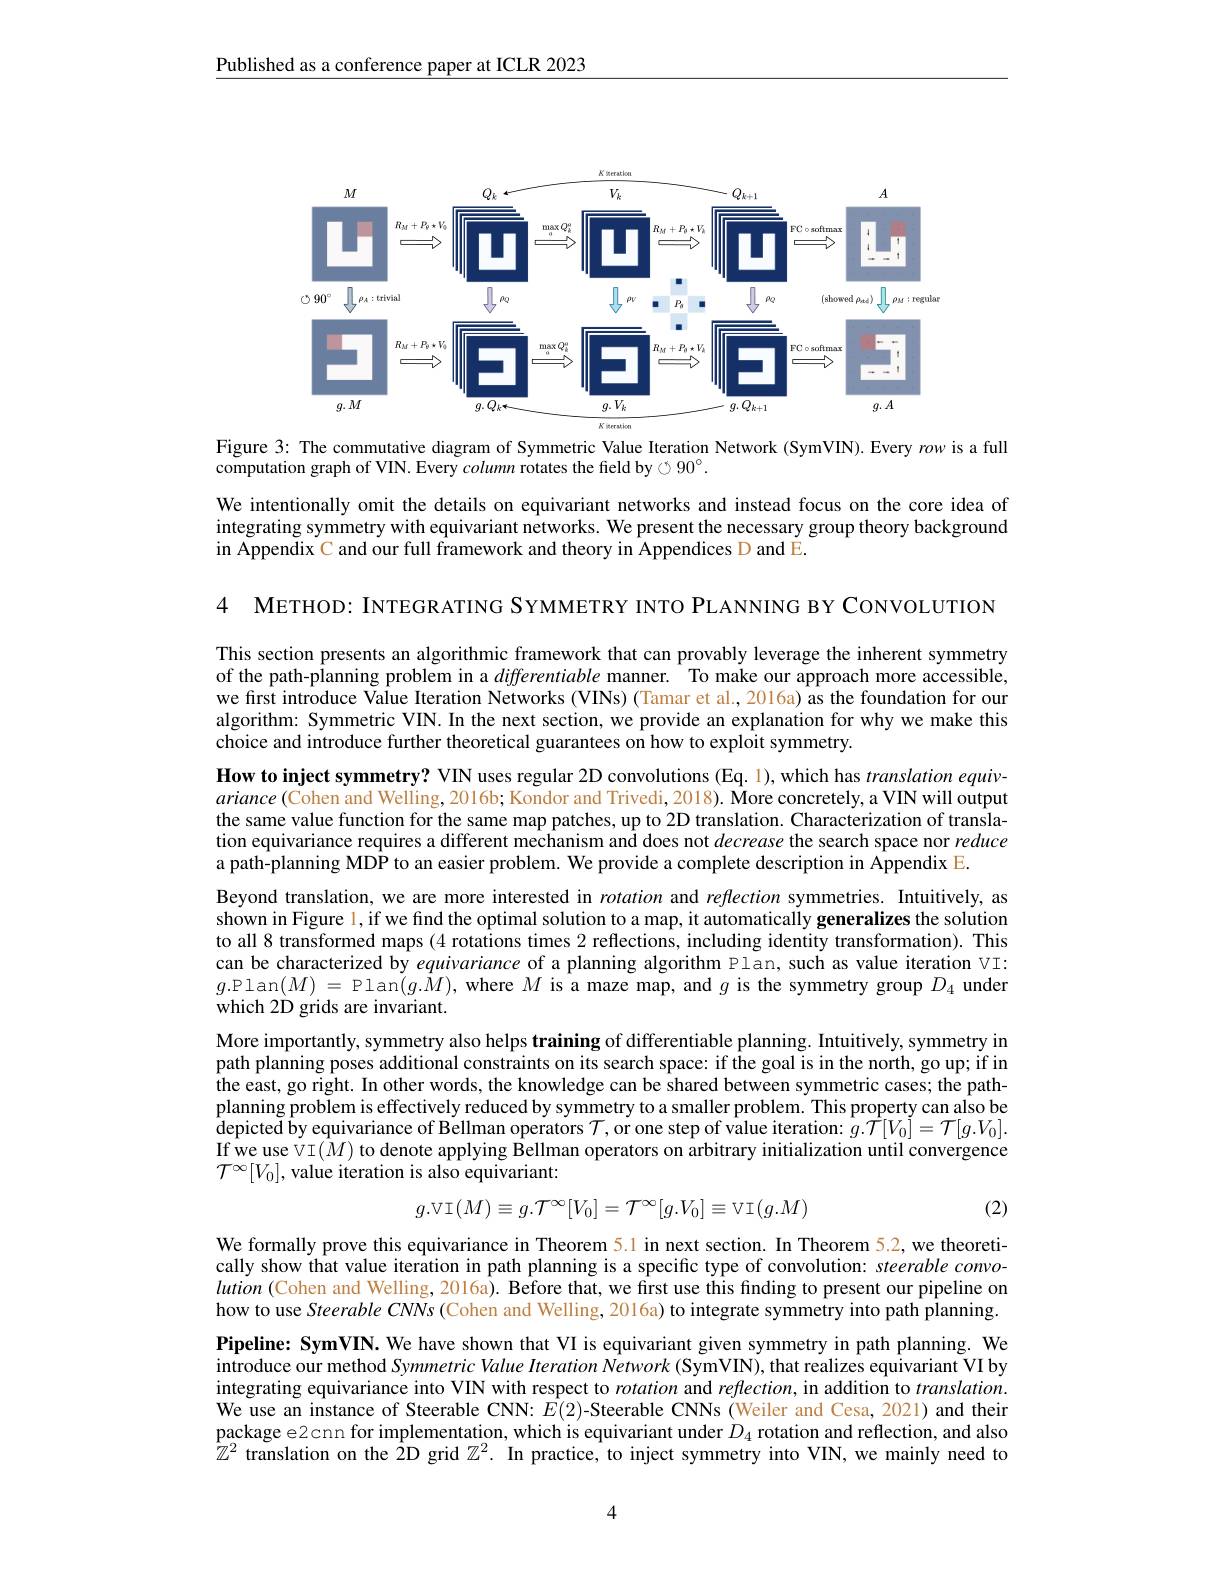
Published as a conference paper at ICLR 2023

<FigureHere>

Figure 3: The commutative diagram of Symmetric Value Iteration Network (SymVIN). Every row is a full
computation graph of VIN. Every column rotates the field by $90^\circ.$

We intentionally omit the details on equivariant networks and instead focus on the core idea of integrating symmetry with equivariant networks. We present the necessary group theory background in Appendix C and our full framework and theory in Appendices D and E.

4 МЕТНОD: INTEGRATING SYMMETRY INTO PLANNING BY CONVOLUTION

This section presents an algorithmic framework that can provably leverage the inherent symmetry of the path-planning problem in a differentiable manner. To make our approach more accessible, we first introduce Value Iteration Networks (VINs) (Tamar et al.,2016a) as the foundation for our algorithm: Symmetric VIN. In the next section, we provide an explanation for why we make this choice and introduce further theoretical guarantees on how to exploit symmetry.
How to inject symmetry? VIN uses regular 2D convolutions (Eq. 1), which has translation equiv- $ariance(\bar{\text{Cohen and Welling, 2016b; Kondor and Trivedi, 2018). More concretely, a VIN will output}}$ the same value function for the same map patches, up to 2D translation. Characterization of translation equivariance requires a different mechanism and does not decrease the search space nor reduce a path-planning MDP to an easier problem. We provide a complete description in Appendix E.
Beyond translation, we are more interested in rotation and reflection symmetries. Intuitively, as shown in Figure 1, if we find the optimal solution to a map, it automatically generalizes the solution to all 8 transformed maps (4 rotations times 2 reflections, including identity transformation). This can be characterized by equivariance of a planning algorithm Plan, such as value iteration VT: $g.$Plan$(M)=$Plan$(g.\hat{M})$,where $M$ is a maze map, and $g$ is the symmetry group $D_4$ under which 2D grids are invariant.
More importantly, symmetry also helps training of differentiable planning. Intuitively, symmetry in path planning poses additional constraints on its search space: if the goal is in the north, go up; if in the east, go right. In other words, the knowledge can be shared between symmetric cases; the pathplanning problem is effectively reduced by symmetry to a smaller problem. This property can also be depicted by equivariance of Bellman operators $\mathcal{T} $,or one step of value iteration: $\hat{g} . \hat{\mathcal{T} } [ V_{0}] = \mathcal{T} [ g. V_{0}] .$ $\begin{array}{c}{\mathrm{If~we~use~vi~}(\hat{M})\text{ to denote applying Bellman operators on arbitrary initialization until convergence}}\\{\mathrm{If~we~use~vi~}(\hat{M})\text{ to denote applying Bellman operators on arbitrary initialization until }}\\{\mathrm{If~we~use~vi~}(\hat{M})\text{ to denote applying}}\end{array}$ $\mathcal{T}^\infty[V_0]$,value iteration is also equivariant:
$$g.\mathrm V\mathrm I(M)\equiv g.\mathrm T^\infty[V_0]=\mathrm T^\infty[g.V_0]\equiv\mathrm V\mathrm I(g.M)$$
(2)

We formally prove this equivariance in Theorem 5.1 in next section. In Theorem 5.2, we theoretically show that value iteration in path planning is a specific type of convolution: steerable convolution (Cohen and Welling, 2016a). Before that, we first use this finding to present our pipeline on how to use Steerable CNNs (Cohen and Welling, 2016a) to integrate symmetry into path planning. Pipeline: SymVIN. We have shown that VI is equivariant given symmetry in path planning. We $\dot{\text{introduce our method Symmetric Value Iteration Network (SymVIN), that realizes equivariant VI by}}$ integrating equivariance into VIN with respect to rotation and $reflection$,in addition to $translation.$ We use an instance of Steerable CNN: $E(2)$-Steerable CNNs (Weiler and Cesa, 2021) and their package e2cnn for implementation, which is equivariant under $D_{4}$ rotation and reflection, and also $\hat{\mathbb{Z}}^2$ translation on the $\hat{2}$D grid $\mathbb{Z}^2.$ In practice, to inject symmetry into VIN, we mainly need to

4